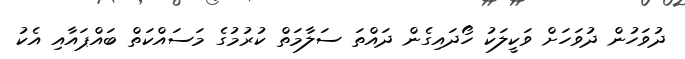
ދުވަހުން ދުވަހަށް ވަކީލަކު ހޯދައިގެން ދައްތަ ސަލާމަތް ކުރުމުގެ މަސައްކަތް ބައްޕައާއި އެކު